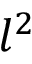
l ^ { 2 }